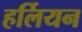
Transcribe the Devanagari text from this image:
हर्लियन